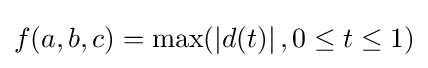
{\textstyle f(a,b,c)=\max(\left|d(t)\right|,0\leq t\leq 1)}